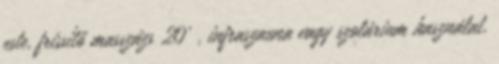
este, frissítő masszázs 20’ , infraszauna vagy szolárium használat,